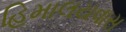
હિમાલયવાસ